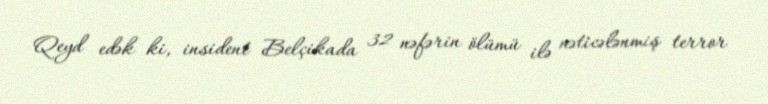
Qeyd edək ki, insident Belçikada 32 nəfərin ölümü ilə nəticələnmiş terror